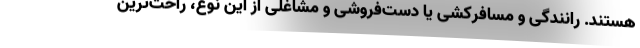
هستند. رانندگی و مسافرکشی یا دست‌فروشی و مشاغلی از این نوع، راحت‌ترین